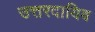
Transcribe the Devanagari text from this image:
उत्तरदायिव